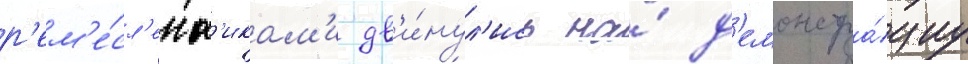
р'ем'е́сл'енн'икам'и дв'и́нул'ись на́ д'емонстра́циу